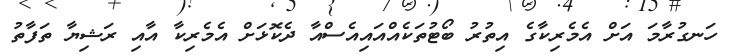
ހަނގުރާމަ އަށް އެމެރިކާގެ އިތުރު ބޯޓުތަކެއްއައިއެސްއާ ދެކޮޅަށް އެމެރިކާ އާއި ރަޝިޔާ ތަފާތު